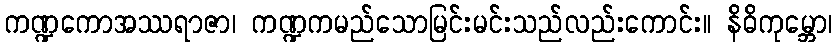
ကဏ္ဍကောအဿရာဇာ၊ ကဏ္ဍကမည်သောမြင်းမင်းသည်လည်းကောင်း။ နိဓိကုမ္ဘော၊